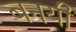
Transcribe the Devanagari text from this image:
बनयी